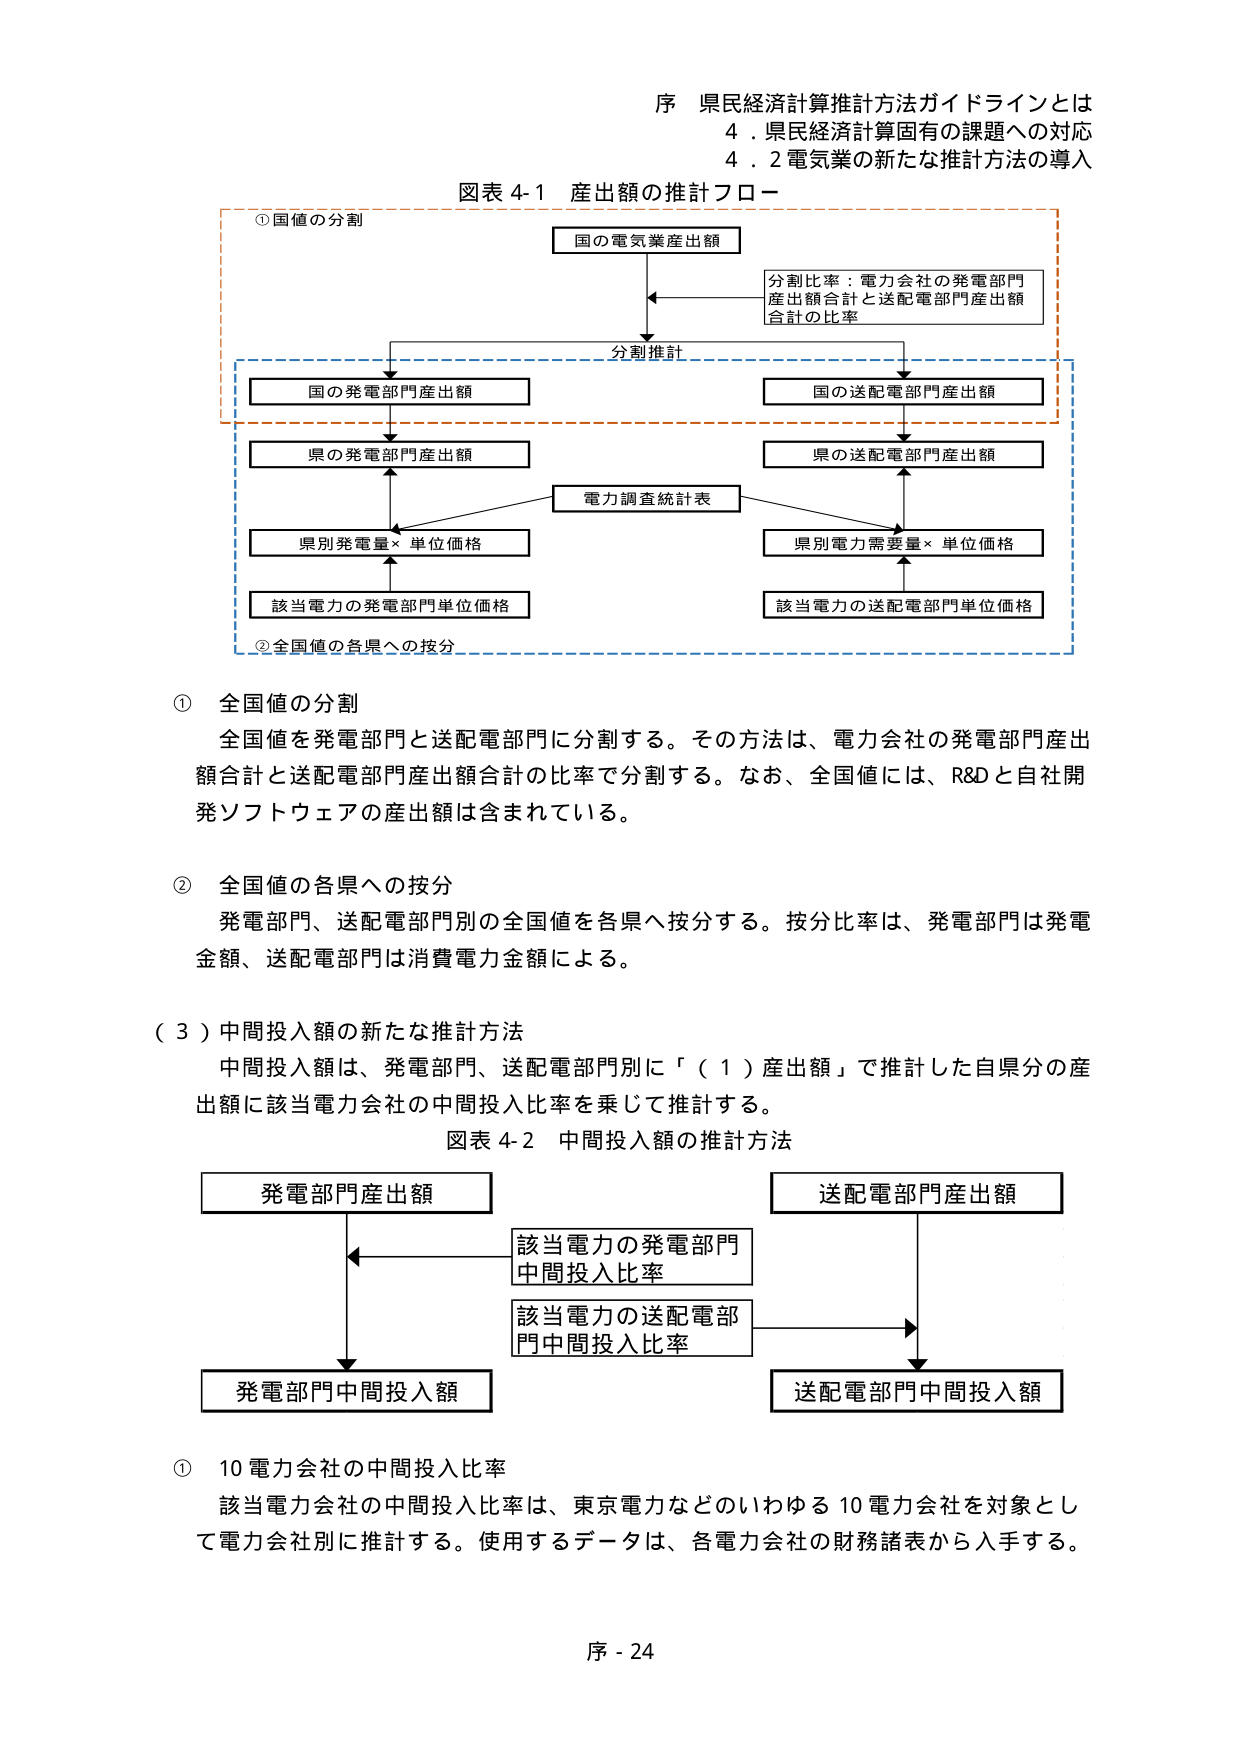
序 県民経済計算推計方法ガイドラインとは
4．県民経済計算固有の課題への対応
4．2 電気業の新たな推計方法の導入

図表 4-1 産出額の推計フロー

①国値の分割
国の電気業産出額
分割比率：電力会社の発電部門
産出額合計と送配電部門産出額
合計の比率
分割推計
国の発電部門産出額
国の送配電部門産出額
県の発電部門産出額
県の送配電部門産出額
電力調査統計表
県別発電量×単位価格
県別電力需要量×単位価格
該当電力の発電部門単位価格
該当電力の送配電部門単位価格
②全国値の各県への按分

① 全国値の分割
全国値を発電部門と送配電部門に分割する。その方法は、電力会社の発電部門産出額合計と送配電部門産出額合計の比率で分割する。なお、全国値には、R&Dと自社開発ソフトウェアの産出額は含まれている。

② 全国値の各県への按分
発電部門、送配電部門別の全国値を各県へ按分する。按分比率は、発電部門は発電金額、送配電部門は消費電力金額による。

（3）中間投入額の新たな推計方法
中間投入額は、発電部門、送配電部門別に「（1）産出額」で推計した自県分の産出額に該当電力会社の中間投入比率を乗じて推計する。

図表 4-2 中間投入額の推計方法
発電部門産出額
送配電部門産出額
該当電力の発電部門
中間投入比率
該当電力の送配電部
門中間投入比率
発電部門中間投入額
送配電部門中間投入額

① 10 電力会社の中間投入比率
該当電力会社の中間投入比率は、東京電力などのいわゆる 10 電力会社を対象として電力会社別に推計する。使用するデータは、各電力会社の財務諸表から入手する。

序 - 24